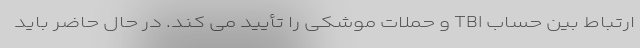
ارتباط بین حساب TBI و حملات موشکی را تأیید می کند. در حال حاضر باید